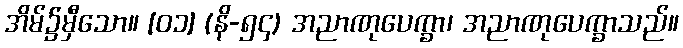
အိမ်၌မှီသော။ [၀၁] (နိ-၅၄) အညာဏုပေက္ခာ၊ အညာဏုပေက္ခာသည်။